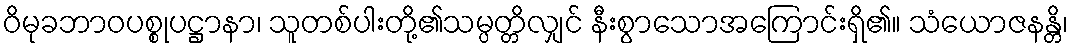
ဝိမုခဘာဝပစ္စုပဋ္ဌာနာ၊ သူတစ်ပါးတို့၏သမ္ပတ္တိလျှင် နီးစွာသောအကြောင်းရှိ၏။ သံယောဇနန္တိ၊